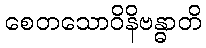
စေတသောဝိနိဗန္ဓာတိ